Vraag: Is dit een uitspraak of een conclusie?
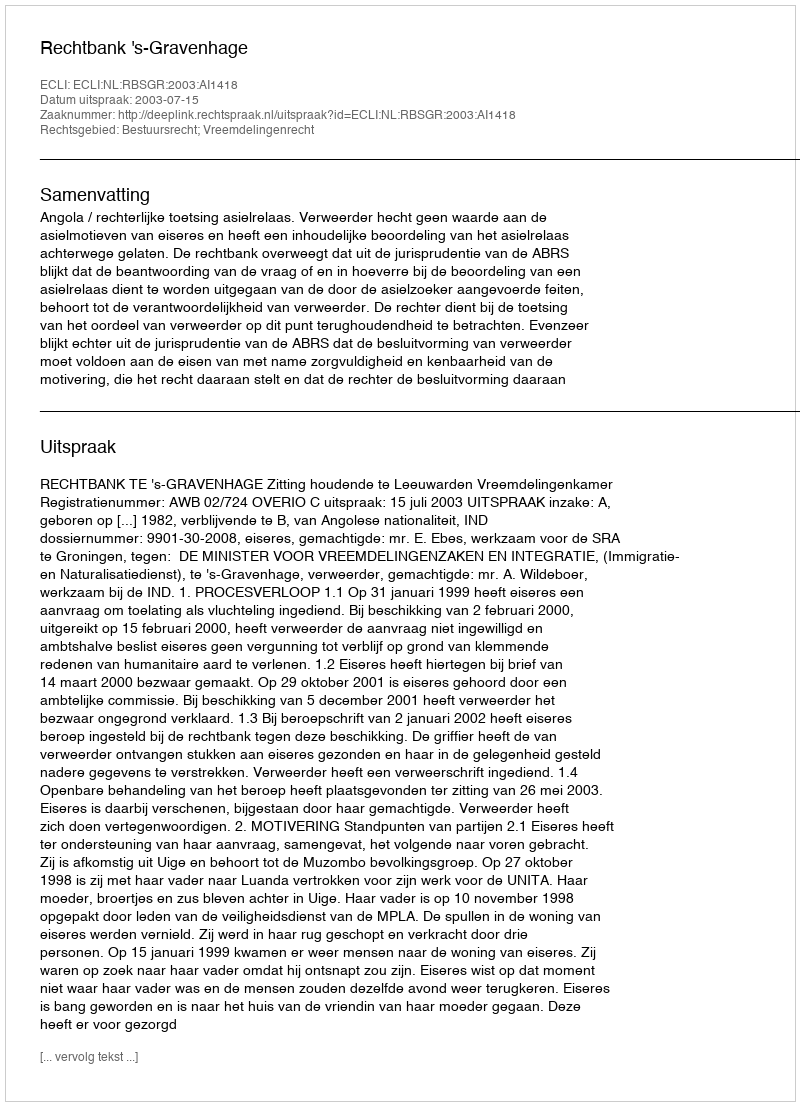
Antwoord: Uitspraak